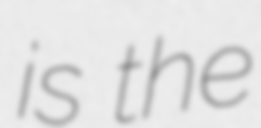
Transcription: is the